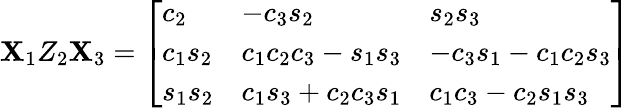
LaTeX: \mathbf{X}_{1}Z_{2}\mathbf{X}_{3}={\left[\begin{array}{lll}{c_{2}}&{-c_{3}s_{2}}&{s_{2}s_{3}}\\ {c_{1}s_{2}}&{c_{1}c_{2}c_{3}-s_{1}s_{3}}&{-c_{3}s_{1}-c_{1}c_{2}s_{3}}\\ {s_{1}s_{2}}&{c_{1}s_{3}+c_{2}c_{3}s_{1}}&{c_{1}c_{3}-c_{2}s_{1}s_{3}}\end{array}\right]}